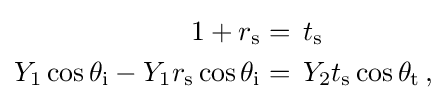
{\begin{aligned}1+r_{\text{s}}&=\,t_{\text{s}}\\Y_{1}\cos \theta _{\text{i}}-Y_{1}r_{\text{s}}\cos \theta _{\text{i}}&=\,Y_{2}t_{\text{s}}\cos \theta _{\text{t}}\,,\end{aligned}}